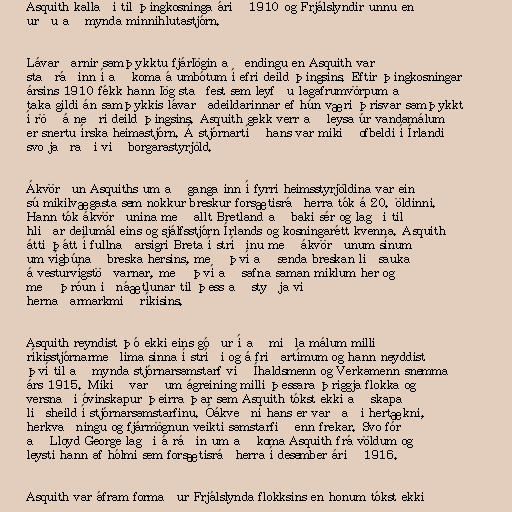
Asquith kallaði til þingkosninga árið 1910 og Frjálslyndir unnu en
urðu að mynda minnihlutastjórn.

Lávarðarnir samþykktu fjárlögin að endingu en Asquith var
staðráðinn í að koma á umbótum í efri deild þingsins. Eftir þingkosningar
ársins 1910 fékk hann lög staðfest sem leyfðu lagafrumvörpum að
taka gildi án samþykkis lávarðadeildarinnar ef hún væri þrisvar samþykkt
í röð á neðri deild þingsins. Asquith gekk verr að leysa úr vandamálum
er snertu írska heimastjórn. Á stjórnartíð hans var mikið ofbeldi í Írlandi
svo jaðraði við borgarastyrjöld.

Ákvörðun Asquiths um að ganga inn í fyrri heimsstyrjöldina var ein
sú mikilvægasta sem nokkur breskur forsætisráðherra tók á 20. öldinni.
Hann tók ákvörðunina með allt Bretland að baki sér og lagði til
hliðar deilumál eins og sjálfsstjórn Írlands og kosningarétt kvenna. Asquith
átti þátt í fullnaðarsigri Breta í stríðinu með ákvörðunum sínum
um vígbúnað breska hersins, með því að senda breskan liðsauka
á vesturvígstöðvarnar, með því að safna saman miklum her og
með þróun iðnáætlunar til þess að styðja við
hernaðarmarkmið ríkisins.

Asquith reyndist þó ekki eins góður í að miðla málum milli
ríkisstjórnarmeðlima sinna í stríði og á friðartímum og hann neyddist
því til að mynda stjórnarsamstarf við Íhaldsmenn og Verkamenn snemma
árs 1915. Mikið varð um ágreining milli þessara þriggja flokka og
versnaði óvinskapur þeirra þar sem Asquith tókst ekki að skapa
liðsheild í stjórnarsamstarfinu. Óákveðni hans er varðaði hertækni,
herkvaðningu og fjármögnun veikti samstarfið enn frekar. Svo fór
að Lloyd George lagði á ráðin um að koma Asquith frá völdum og
leysti hann af hólmi sem forsætisráðherra í desember árið 1916.

Asquith var áfram formaður Frjálslynda flokksins en honum tókst ekki